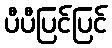
ပီပီပြင်ပြင်